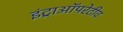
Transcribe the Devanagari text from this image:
इंट्राऑपरेटीव